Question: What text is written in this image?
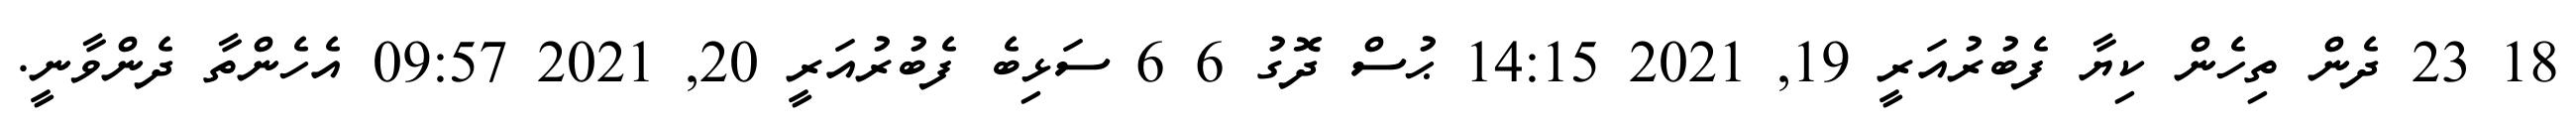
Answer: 18 23 ދެން ތިހެން ކިޔާ ފެބުރުއަރީ 19, 2021 14:15 ޙުސް ދޮގު 6 6 ސަޅިބެ ފެބުރުއަރީ 20, 2021 09:57 އެހެންތާ ދެންވާނީ.